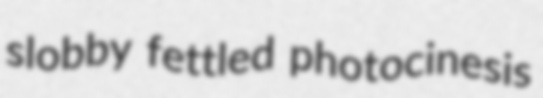
slobby fettled photocinesis